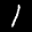
Label: 1